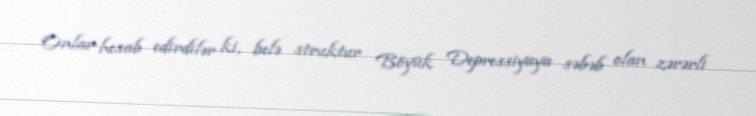
Onlar hesab edirdilər ki, belə struktur Böyük Depressiyaya səbəb olan zərərli